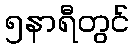
၅နာရီတွင်